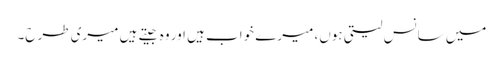
میں سانس لیتی ہوں، میرے خواب ہیں اور وہ جیتے ہیں میری طرح۔